Report on plague and inoculation in the Punjab from October 1st ... to September 30th..., being the ... season of plague in the province
Disease focus: Plague
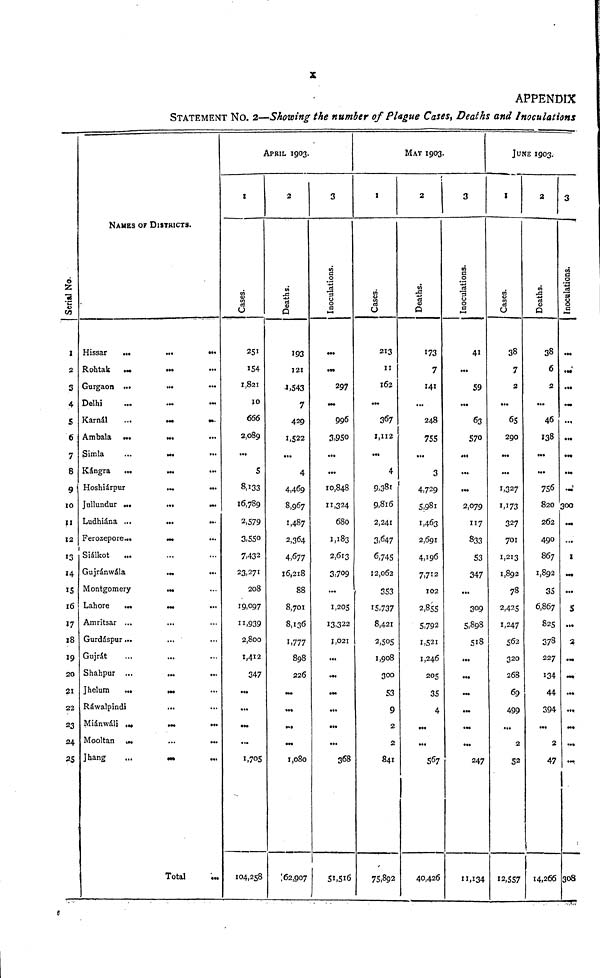
APPENDIX
STATEMENT NO. 2—Showing the number of Plague Cases, Deaths and Inoculations
1
2
3
4
5
6
7
8
9
10
11
12
13
14
15
16
17
18
19
20
21
22
23
24
25
NAM
Hissar
Rohtalk
Gurgaon
Delhi
Karnál
Ambala
Simla
Kángra
ES OF
...
...
...
...
...
...
...
...
Hoshiárpur
Jullundur ...
Ludhiána ...
Ferozepore...
Siálkot
Gujránwála
Montgomery
Lahore
Amritsar
...
...
Gurdáspur...
Gujrát
Shahpur
Jhelum
...
...
...
Ráwalpindi
Miánwáli
Mooltan
Jhang
...
...
...
DISTRICTS.
...
...
...
...
...
...
... ...
...
...
...
...
...
...
...
...
...
...
...
...
...
...
...
...
...
...
Total
...
...
...
...
...
...
...
...
...
...
...
...
...
...
...
...
...
...
...
...
...
...
...
...
...
APRIL 1903.
1
Cases.
251
154
1,821
10
666
2,089
...
5
8,133
16,789
2,579
3,550
7, 432
23,271
208
19,097
11,939
2,800
1,412
347
...
...
...
...
1,705
104,258
2
Deaths.
193
121
1,543
7
429
1,522
...
4
4,469
8,967
1,487
2,364
4,677
16,218
88
8,701
8,136
1,777
898
226
...
...
...
...
1,080
62,907
3
Inoculations.
...
297
996
3,950
...
...
10,848
11,324
680
1,183
2,613
3,709
...
1,205
13,322
1,021
...
...
...
...
...
...
368
51,516
I
Cases.
213
11
162
367
1,112
...
4
9,381
9,816
2,241
3,647
6,745
12,062
353
15,737
8,421
2,505
1,908
300
53
9
2
2
841
75,892
MAY 1903
2
Deaths.
173
7
141
...
248
755
...
3
4,729
5,981
1,463
2,691
4,196
7,712
102
2,855
5,792
1,521
1,246
205
35
4
...
...
567
40,426
3
Inoculations.
41
...
59
...
63
570
...
...
...
2,079
117
833
53
347
...
309
5,898
518
...
...
...
...
...
...
247
11,134
JUNE 1903.
1
Cases.
38
7
2
...
65
290
...
...
1,327
1,173
327
701
1,213
1,892
78
2,425
1,247
562
320
268
69
499
...
2
52
12,557
2
Deaths.
38
6
2
...
46
138
...
...
756
820
262
490
867
1,892
35
6,867
825
378
227
134
44
394
...
2
47
14,266
3
Inoculations.
...
...
...
...
...
...
...
...
...
300
...
...
I
•••
...
5
...
2
• ••
...
...
...
...
...
308